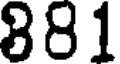
881